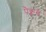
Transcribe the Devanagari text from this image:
पैक्वस